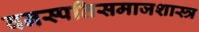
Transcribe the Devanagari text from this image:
वनस्पतिसमाजशास्त्र